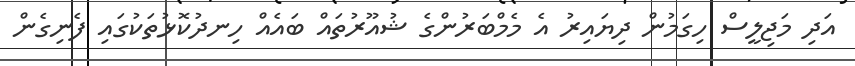
އަދި މަޖިލީސް ހިގަމުން ދިޔައިރު އެ މެމްބަރުންގެ ޝުއޫރުތައް ބައެއް ހިނދުކޮޅުތަކުގައި ފެނިގެން